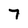
Character: 7